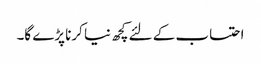
احتساب کے لئے کچھ نیا کرنا پڑے گا۔